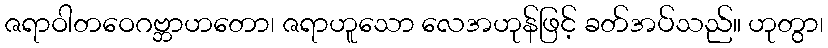
ဇရာဝါတဝေဂဗ္ဘာဟတော၊ ဇရာဟူသော လေအဟုန်ဖြင့် ခတ်အပ်သည်။ ဟုတွာ၊